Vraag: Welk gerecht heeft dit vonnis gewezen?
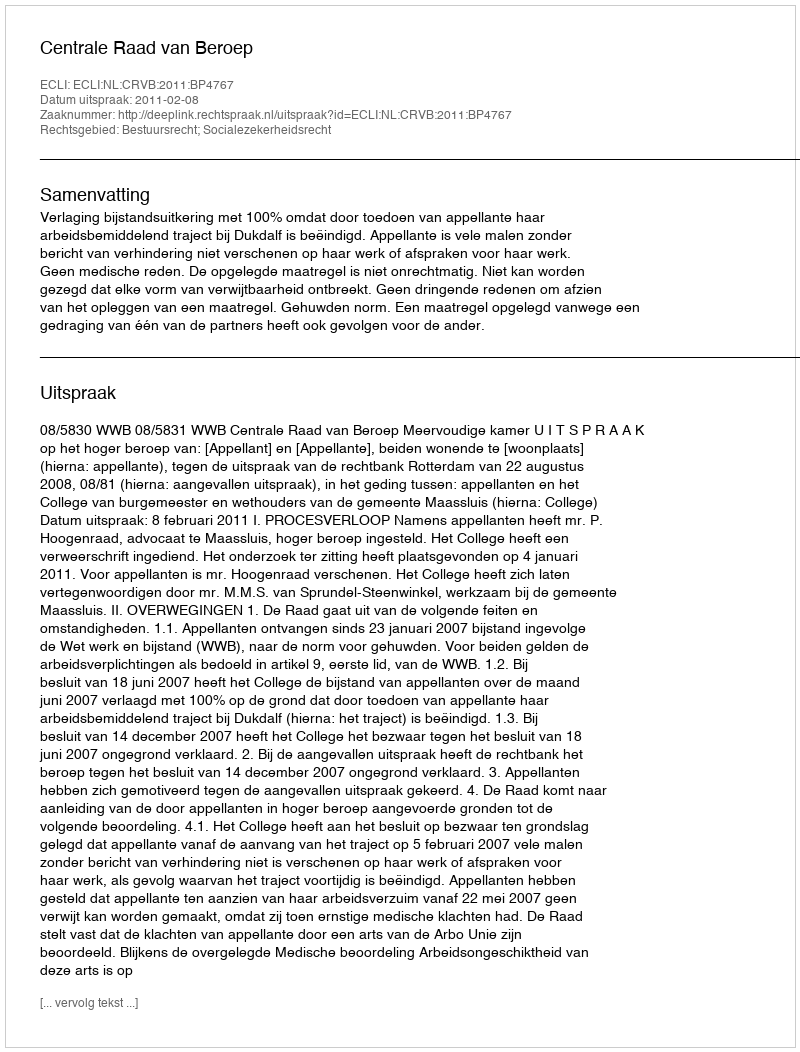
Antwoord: Centrale Raad van Beroep